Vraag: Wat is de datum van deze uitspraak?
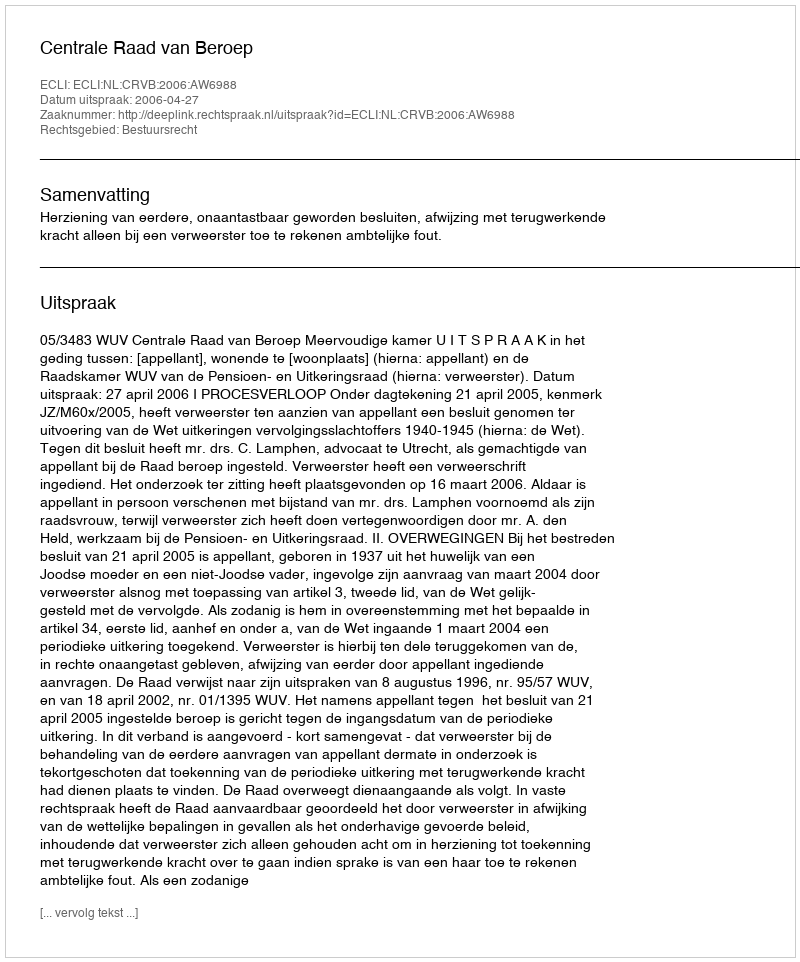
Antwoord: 2006-04-27